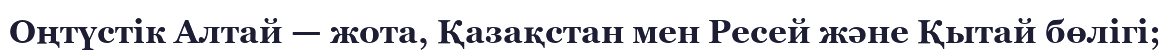
Оңтүстік Алтай — жота, Қазақстан мен Ресей және Қытай бөлігі;